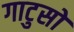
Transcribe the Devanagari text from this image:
गाटुसो